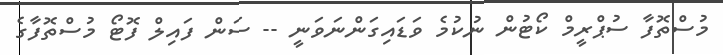
މުސްތޮފާ ސުޕްރީމް ކޯޓުން ނުކުމެ ވަޑައިގަންނަވަނީ -- ސަން ފައިލް ފޮޓޯ މުސްތޮފާގެ